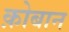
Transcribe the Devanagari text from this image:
क़ोबान